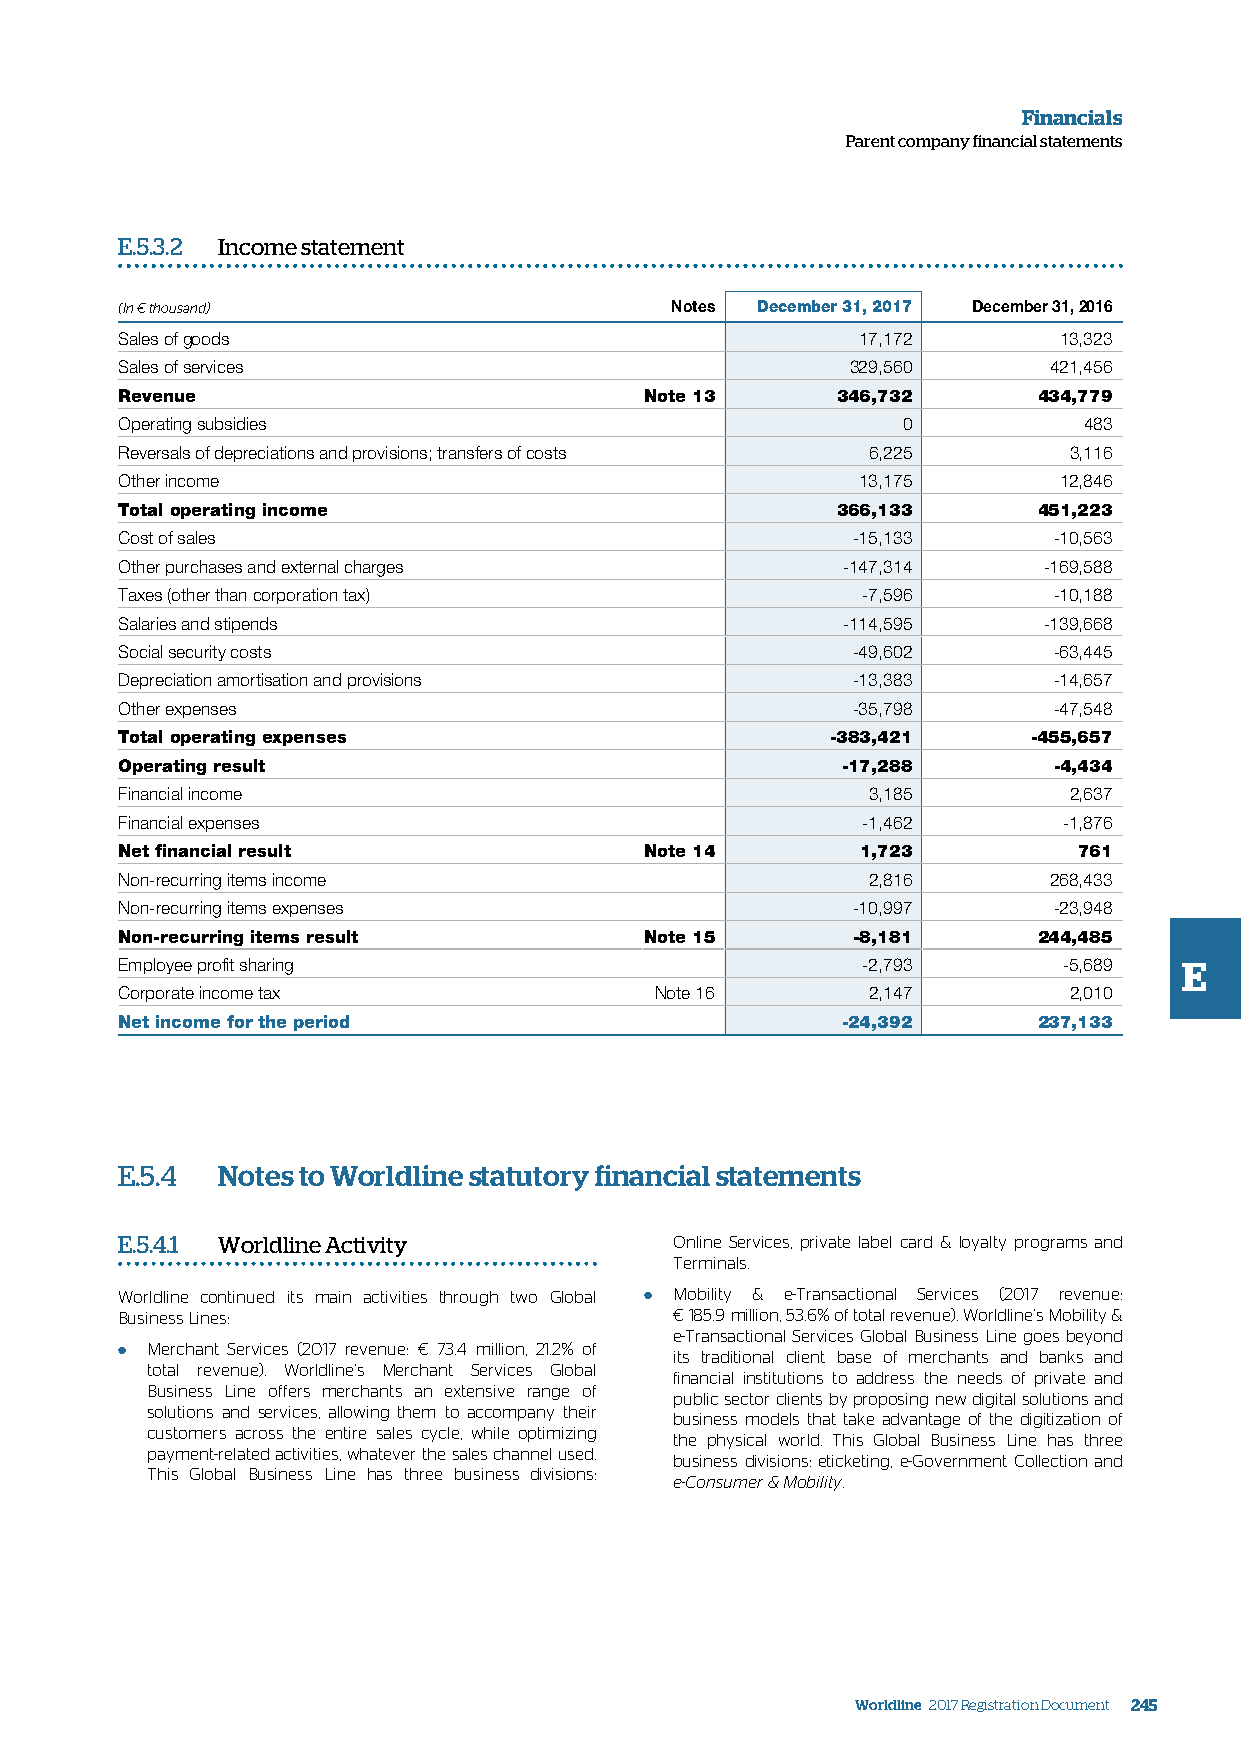
Financials
 Parent company financial statements
 E.5.3.2 Income statement
 (In € thousand)                     Notes December 31, 2017 December 31, 2016
 Sales of goods                                   17,172       13,323
 Sales of services                               329,560      421,456
 Revenue                            Note 13     346,732       434,779
 Operating subsidies                                 0           483
 Reversals of depreciations and provisions; transfers of costs 6,225 3,116
 Other income                                     13,175       12,846
 Total operating income                         366,133       451,223
 Cost of sales                                   -15,133       -10,563
 Other purchases and external charges            -147,314     -169,588
 Taxes (other than corporation tax)               -7,596       -10,188
 Salaries and stipends                           -114,595     -139,668
 Social security costs                           -49,602       -63,445
 Depreciation amortisation and provisions        -13,383       -14,657
 Other expenses                                  -35,798       -47,548
 Total operating expenses                       -383,421     -455,657
 Operating result                                -17,288       -4,434
 Financial income                                 3,185         2,637
 Financial expenses                               -1,462       -1,876
 Net financial result               Note 14       1,723         761
 Non-recurring items income                       2,816       268,433
 Non-recurring items expenses                    -10,997       -23,948
 Non-recurring items result         Note 15      -8,181       244,485
 Employee profit sharing                          -2,793       -5,689  E
 Corporate income tax               Note 16       2,147         2,010
 Net income for the period                       -24,392      237,133
 E.5.4 Notes to Worldline statutory financial statements
 E.5.4.1 Worldline Activity           Online Services, private label card & loyalty programs and
 Terminals.
 Worldline continued its main activities through two Global ● Mobility & e-Transactional Services (2017 revenue:
 Business Lines:                      € 185.9 million, 53.6% of total revenue). Worldline’s Mobility &
 e-Transactional Services Global Business Line goes beyond
 ● Merchant Services (2017 revenue: € 73.4 million, 21.2% of its traditional client base of merchants and banks and
 total revenue). Worldline’s Merchant Services Global
 financial institutions to address the needs of private and
 Business Line offers merchants an extensive range of
 public sector clients by proposing new digital solutions and
 solutions and services, allowing them to accompany their
 business models that take advantage of the digitization of
 customers across the entire sales cycle, while optimizing
 the physical world. This Global Business Line has three
 payment-related activities, whatever the sales channel used.
 business divisions: eticketing, e-Government Collection and
 This Global Business Line has three business divisions:
 e-Consumer & Mobility.
 Worldline 2017 Registration Document 245